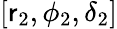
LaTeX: [\mathsf{r}_{2},\phi_{2},\delta_{2}]